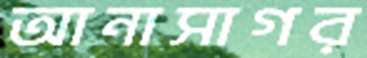
আনাসাগর